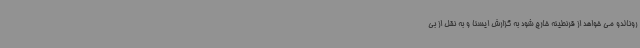
رونالدو می خواهد از قرنطینه خارج شود به گزارش ایسنا و به نقل از بی